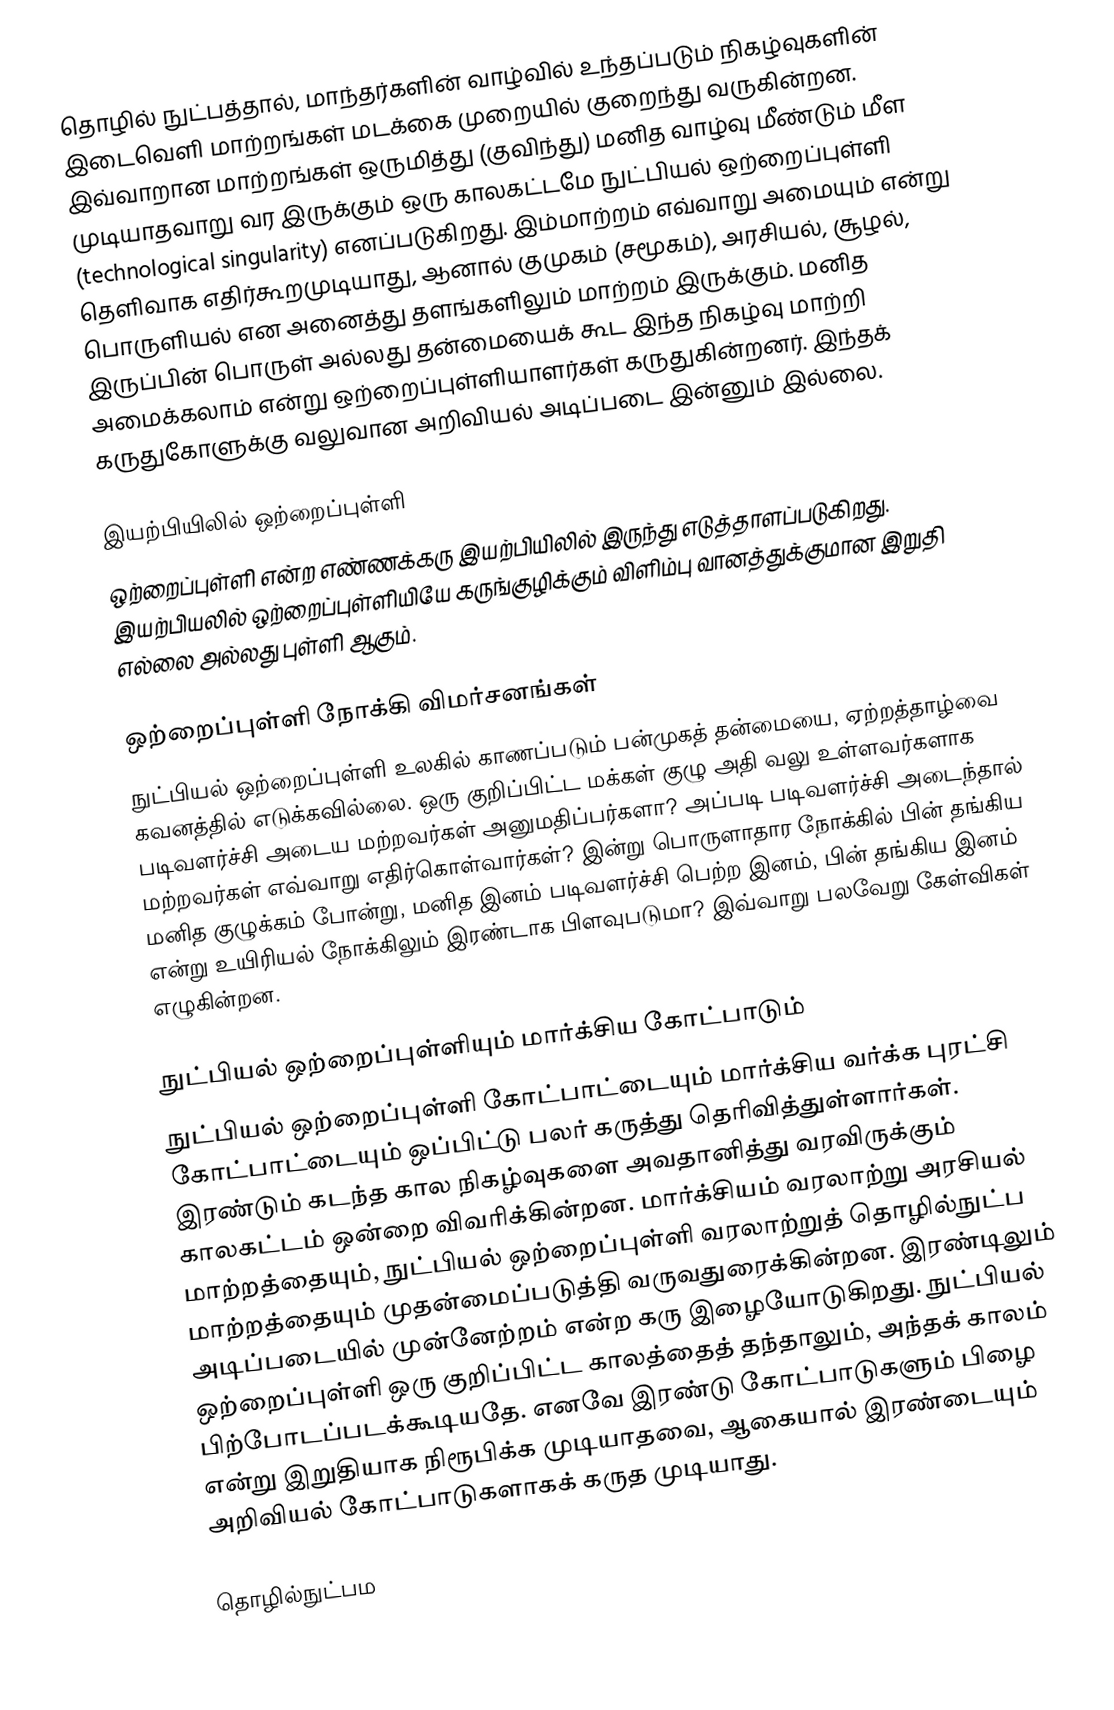
தொழில் நுட்பத்தால், மாந்தர்களின் வாழ்வில் உந்தப்படும் நிகழ்வுகளின் இடைவெளி மாற்றங்கள் மடக்கை முறையில் குறைந்து வருகின்றன. இவ்வாறான மாற்றங்கள் ஒருமித்து (குவிந்து) மனித வாழ்வு மீண்டும் மீள முடியாதவாறு வர இருக்கும் ஒரு காலகட்டமே நுட்பியல் ஒற்றைப்புள்ளி (technological singularity) எனப்படுகிறது. இம்மாற்றம் எவ்வாறு அமையும் என்று தெளிவாக எதிர்கூறமுடியாது, ஆனால் குமுகம் (சமூகம்), அரசியல், சூழல், பொருளியல் என அனைத்து தளங்களிலும் மாற்றம் இருக்கும். மனித இருப்பின் பொருள் அல்லது தன்மையைக் கூட இந்த நிகழ்வு மாற்றி அமைக்கலாம் என்று ஒற்றைப்புள்ளியாளர்கள் கருதுகின்றனர். இந்தக் கருதுகோளுக்கு வலுவான அறிவியல் அடிப்படை இன்னும் இல்லை.

இயற்பியிலில் ஒற்றைப்புள்ளி
ஒற்றைப்புள்ளி என்ற எண்ணக்கரு இயற்பியிலில் இருந்து எடுத்தாளப்படுகிறது. இயற்பியலில் ஒற்றைப்புள்ளியியே கருங்குழிக்கும் விளிம்பு வானத்துக்குமான இறுதி எல்லை அல்லது புள்ளி ஆகும்.

ஒற்றைப்புள்ளி நோக்கி விமர்சனங்கள்
நுட்பியல் ஒற்றைப்புள்ளி உலகில் காணப்படும் பன்முகத் தன்மையை, ஏற்றத்தாழ்வை கவனத்தில் எடுக்கவில்லை. ஒரு குறிப்பிட்ட மக்கள் குழு அதி வலு உள்ளவர்களாக படிவளர்ச்சி அடைய மற்றவர்கள் அனுமதிப்பர்களா? அப்படி படிவளர்ச்சி அடைந்தால் மற்றவர்கள் எவ்வாறு எதிர்கொள்வார்கள்? இன்று பொருளாதார நோக்கில் பின் தங்கிய மனித குழுக்கம் போன்று, மனித இனம் படிவளர்ச்சி பெற்ற இனம், பின் தங்கிய இனம் என்று உயிரியல் நோக்கிலும் இரண்டாக பிளவுபடுமா? இவ்வாறு பலவேறு கேள்விகள் எழுகின்றன.

நுட்பியல் ஒற்றைப்புள்ளியும் மார்க்சிய கோட்பாடும்
நுட்பியல் ஒற்றைப்புள்ளி கோட்பாட்டையும் மார்க்சிய வர்க்க புரட்சி கோட்பாட்டையும் ஒப்பிட்டு பலர் கருத்து தெரிவித்துள்ளார்கள். இரண்டும் கடந்த கால நிகழ்வுகளை அவதானித்து வரவிருக்கும் காலகட்டம் ஒன்றை விவரிக்கின்றன. மார்க்சியம் வரலாற்று அரசியல் மாற்றத்தையும், நுட்பியல் ஒற்றைப்புள்ளி வரலாற்றுத் தொழில்நுட்ப மாற்றத்தையும் முதன்மைப்படுத்தி வருவதுரைக்கின்றன. இரண்டிலும் அடிப்படையில் முன்னேற்றம் என்ற கரு இழையோடுகிறது. நுட்பியல் ஒற்றைப்புள்ளி ஒரு குறிப்பிட்ட காலத்தைத் தந்தாலும், அந்தக் காலம் பிற்போடப்படக்கூடியதே. எனவே இரண்டு கோட்பாடுகளும் பிழை என்று இறுதியாக நிரூபிக்க முடியாதவை, ஆகையால் இரண்டையும் அறிவியல் கோட்பாடுகளாகக் கருத முடியாது.

தொழில்நுட்பம